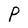
Character: P